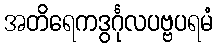
အတိရေကဒွင်္ဂုလပဗ္ဗပရမံ